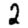
Digit: 2